Vaccination in Bombay 1874-1876 - 1874-1876
Year: 1874
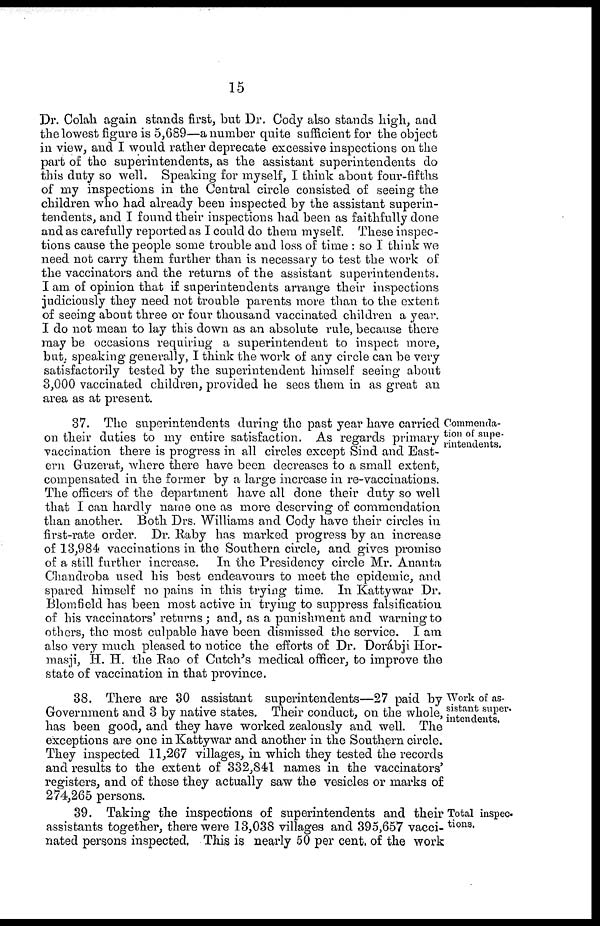
15
Dr. Colah again stands first, but Dr. Cody also stands high, and
the lowest figure is 5,689—a number quite sufficient for the object
in view, and I would rather deprecate excessive inspections on the
part of the superintendents, as the assistant superintendents do
this duty so well. Speaking for myself, I think about four-fifths
of my inspections in the Central circle consisted of seeing the
children who had already been inspected by the assistant superin-
tendents, and I found their inspections had been as faithfully done
and as carefully reported as I could do them myself. These inspec-
tions cause the people some trouble and loss of time : so I think we
need not carry them further than is necessary to test the work of
the vaccinators and the returns of the assistant superintendents.
I am of opinion that if superintendents arrange their inspections
judiciously they need not trouble parents more than to the extent
of seeing about three or four thousand vaccinated children a year.
I do not mean to lay this down as an absolute rule, because there
may be occasions requiring a superintendent to inspect more,
but, speaking generally, I think the work of any circle can be very
satisfactorily tested by the superintendent himself seeing about
3,000 vaccinated children, provided he sees them in as great an
area as at present.
Commenda-
tion of supe-
rintendents.
37. The superintendents during the past year have carried
on their duties to my entire satisfaction. As regards primary
vaccination there is progress in all circles except Sind and East¬
ern Guzerat, where there have been decreases to a small extent,
compensated in the former by a large increase in re-vaccinations.
The officers of the department have all done their duty so well
that I can hardly name one as more deserving of commendation
than another. Both Drs. Williams and Cody have their circles in
first-rate order. Dr. Raby has marked progress by an increase
of 13,984 vaccinations in the Southern circle, and gives promise
of a still further increase. In the Presidency circle Mr. Ananta
Chandroba used his best endeavours to meet the epidemic, and
spared himself no pains in this trying time. In Kattywar Dr.
Blomfield has been most active in trying to suppress falsification
of his vaccinators' returns ; and, as a punishment and warning to
others, the most culpable have been dismissed the service. I am
also very much pleased to notice the efforts of Dr. Dorábji Hor¬
masji, H. H. the Rao of Cutch's medical officer, to improve the
state of vaccination in that province.
Work of as-
sistant super¬
intendents.
38. There are 30 assistant superintendents—27 paid by
Government and 3 by native states. Their conduct, on the whole,
has been good, and they have worked zealously and well. The
exceptions are one in Kattywar and another in the Southern circle.
They inspected 11,267 villages, in which they tested the records
and results to the extent of 332,841 names in the vaccinators'
registers, and of these they actually saw the vesicles or marks of
274,265 persons.
Total inspec¬
tions.
39. Taking the inspections of superintendents and their
assistants together, there were 13,038 villages and 395,657 vacci-
nated persons inspected. This is nearly 50 per cent. of the work